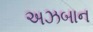
અઝબાન